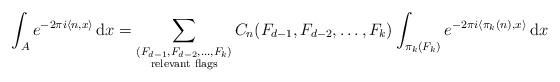
LaTeX: \begin{align*}\int_A e^{-2 \pi i \langle n, x \rangle} \, \textrm{d}x = \sum_{\substack{(F_{d-1}, F_{d-2}, \dots, F_k) \\ \textrm{relevant flags}}} C_n(F_{d-1}, F_{d-2}, \dots, F_k) \int_{\pi_k (F_k)} e^{-2 \pi i \langle \pi_k (n), x \rangle} \, \textrm{d}x\end{align*}